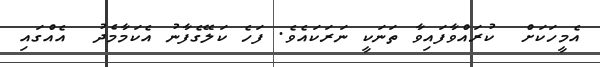
އެމީހަކަށް  ކުރައްވާފައިވާ ތަނަކީ ނަރަކައެވެ. ފަހެ ކަލޭގެފާނު އެކަމާމެދު  އެއްގައި